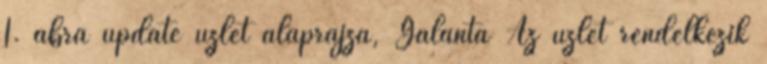
1. ábra update üzlet alaprajza, Galánta Az üzlet rendelkezik